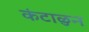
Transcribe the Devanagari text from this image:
कंटाळुन